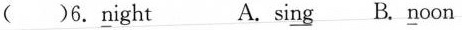
（）6. \underline{n}ight A.si\underline{ng} B.\underline{n}oon